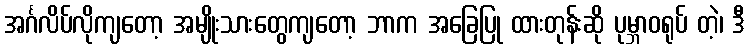
အင်္ဂလိပ်လိုကျတော့ အမျိုးသားတွေကျတော့ ဘာက အခြေပြု ထားတုန်းဆို ပုမ္ဘာဝရုပ် တဲ့၊ ဒီ